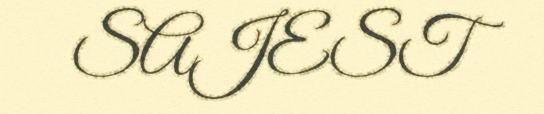
SAJEST